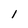
Character: I